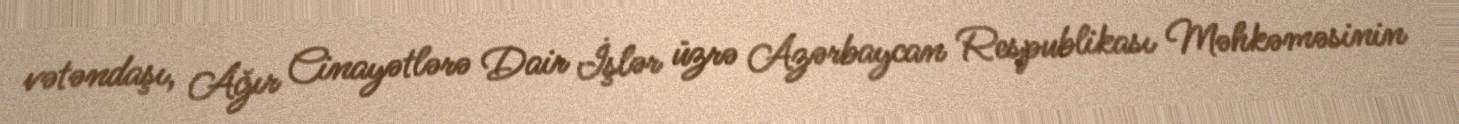
vətəndaşı, Ağır Cinayətlərə Dair İşlər üzrə Azərbaycan Respublikası Məhkəməsinin